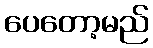
ပေတော့မည်